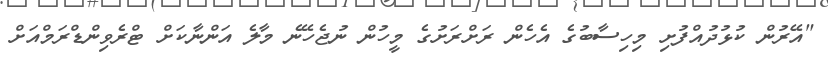
"އޭރުން ކުޅުދުއްފުށި މިހިސާބުގެ އެހެން ރަށްރަށުގެ މީހުން ނުޖެހޭނެ މާލެ އަންނާކަށް ޓްރެވިންޑްރަމްއަށް